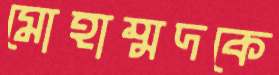
মোহাম্মদকে